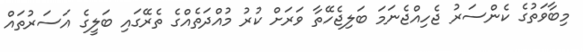
މިބާވަތުގެ ކެންސަރު ޖެހިއްޖެނަމަ ބަލިޖެހޭތާ ވަރަށް ކުރު މުއްދަތެއްގެ ތެރޭގައި ބަލީގެ އަސަރުތައް